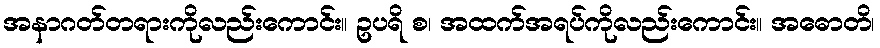
အနာဂတ်တရားကိုလည်းကောင်း။ ဥပရိ စ၊ အထက်အရပ်ကိုလည်းကောင်း။ အဓောတိ၊